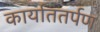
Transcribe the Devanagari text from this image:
कार्याततर्पण